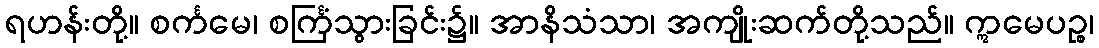
ရဟန်းတို့။ စင်္ကမေ၊ စင်္ကြံသွားခြင်း၌။ အာနိသံသာ၊ အကျိုးဆက်တို့သည်။ ဣမေပဉ္စ၊